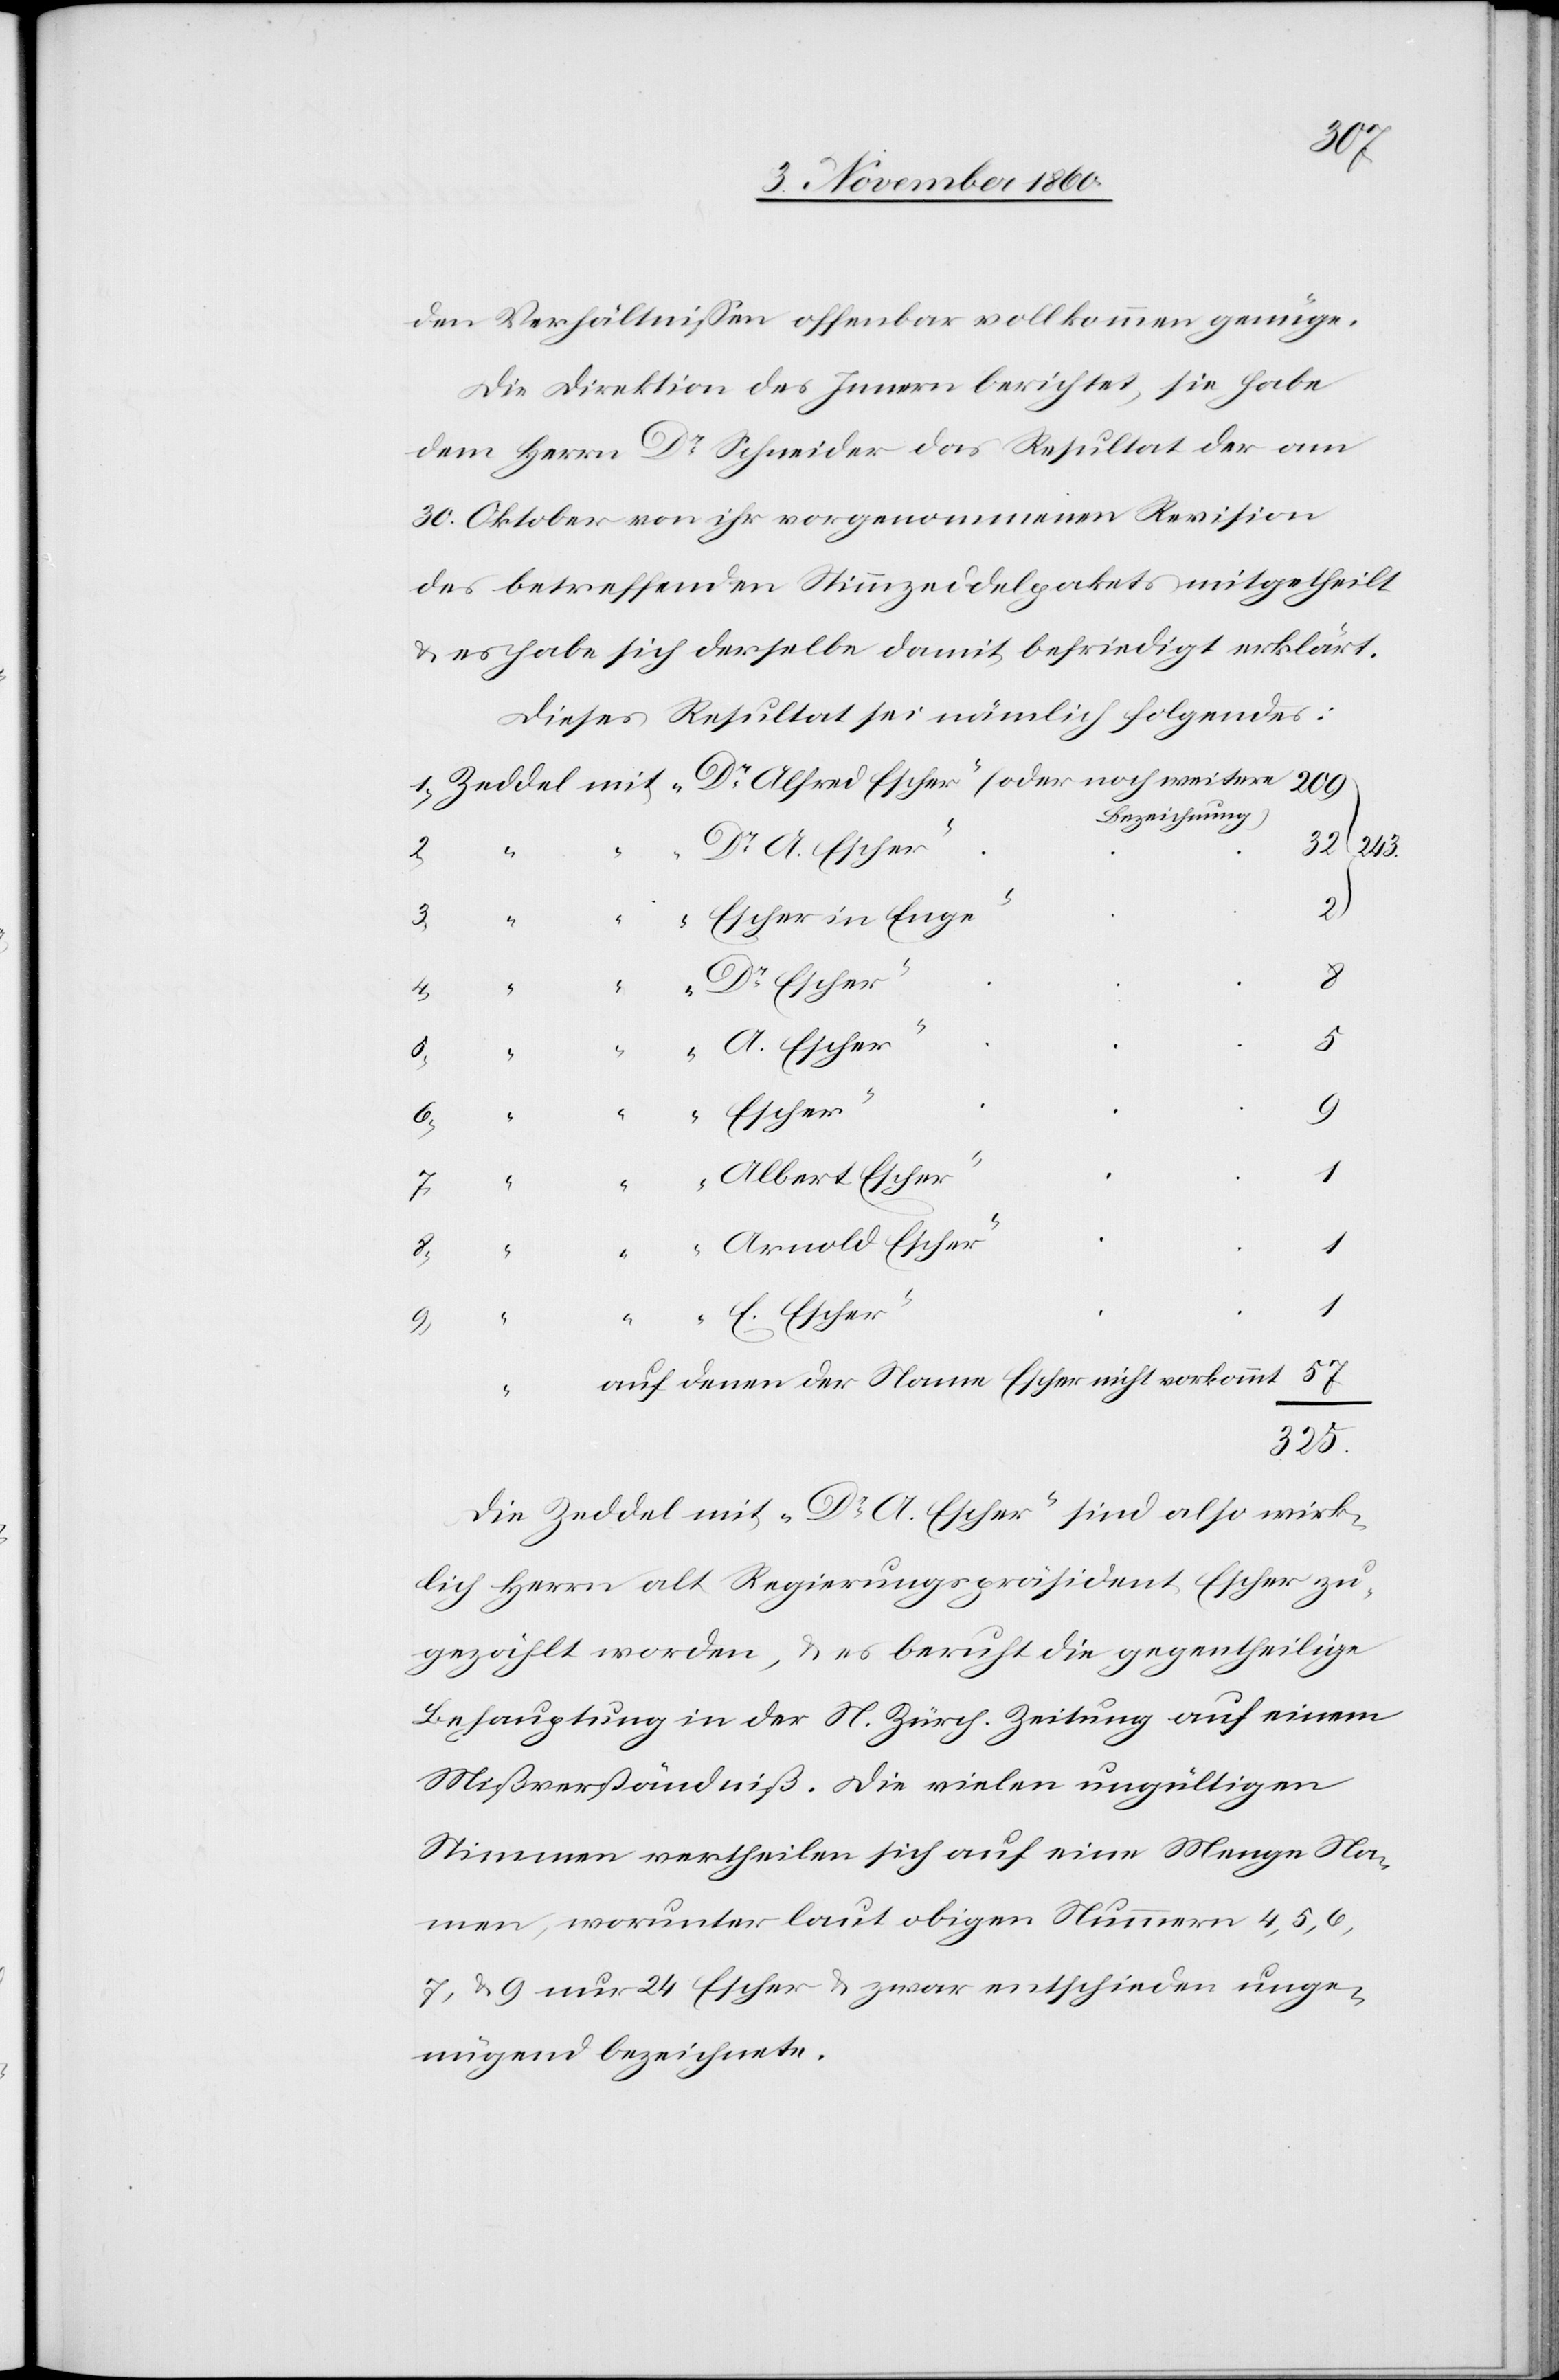
den Verhältnissen offenbar vollkommen genüge.
Die Direktion des innern berichtet, sie habe
dem Herrn Dr Schneider das Resultat der am
30. ktober von ihr vorgenommenen Revision
des betreffenden Stimmzeddelpakets mitgetheilt
u. es habe sich derselbe damit befriedigt erklärt.
Dieses Resultat sei nämlich folgendes:
Bezeichnung)
„Dr A. Escher“
3.
„Escher in Enge“
2
„Dr Escher“
itere
Escher“
9.
57
325
6.
1.
„Albert Escher“
1
8.
5.
1
„E.
auf denen der Name Escher nicht vorkommt
„Arn¬
Die Zeddel mit „Dr A. Escher“ sind also wirk¬
lich Herrn alt Regierungspräsident Escher zu¬
gezählt worden, u. es beruht die gegentheilige
Behauptung in der N. Zürch. Zeitung auf einem
Mißverständniß. Die vielen ungültigen
Stimmen vertheilen sich auf eine Menge Na¬
men, worunter laut obigen Nummern 4, 5, 6,
7 u. 9 nur 24 Escher u. zwar entschieden unge¬
nügend bezeichnete.